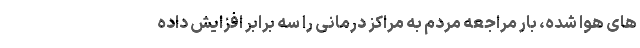
های هوا شده، بار مراجعه مردم به مراکز درمانی را سه برابر افزایش داده